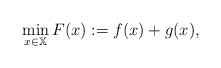
\begin{align*} \min_{x\in\mathbb{X}}F(x):=f(x)+g(x), \end{align*}